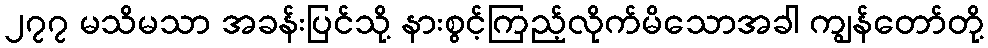
၂၇၇ မသိမသာ အခန်းပြင်သို့ နားစွင့်ကြည့်လိုက်မိသောအခါ ကျွန်တော်တို့